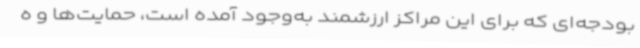
بودجه‌ای که برای این مراکز ارزشمند به‌وجود آمده است، حمایت‌ها و ه